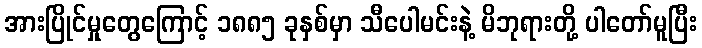
အားပြိုင်မှုတွေကြောင့် ၁၈၈၅ ခုနှစ်မှာ သီပေါမင်းနဲ့ မိဘုရားတို့ ပါတော်မူပြီး